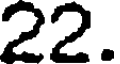
22.